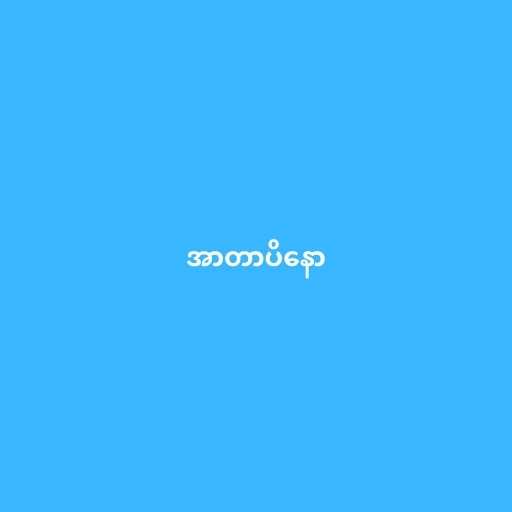
အာတာပိနော